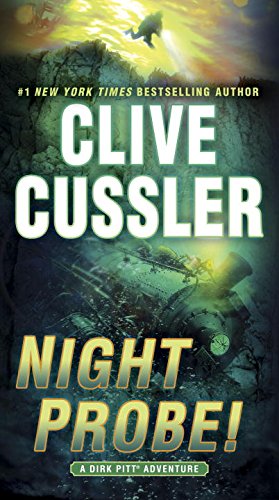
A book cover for Night Probe!: A Dirk Pitt Adventure; Clive Cussler; Mystery, Thriller & Suspense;